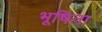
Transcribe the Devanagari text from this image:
भूषिता